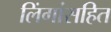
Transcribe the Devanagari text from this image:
लिंगांसहित